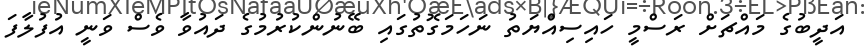
އަދީބުގެ މައްޗަށް ރަސްމީ ހައިސިއްޔަތު ނަހަމަގޮތުގައި ބޭނުންކުރުމުގެ ދައުވާ ވެސް ވަނީ އުފުލާފަ